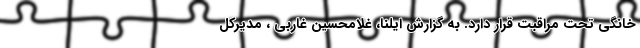
خانگی تحت مراقبت قرار دارد. به گزارش ایلنا، غلامحسین غاربی ، مدیرکل